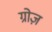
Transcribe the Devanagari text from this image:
ग्रोज़